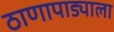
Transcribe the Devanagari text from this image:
ठाणापाड्याला